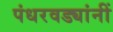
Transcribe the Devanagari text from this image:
पंधरवड्यांनीं